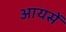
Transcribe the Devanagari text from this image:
आयसें